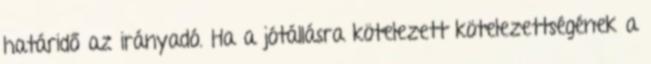
határidő az irányadó. Ha a jótállásra kötelezett kötelezettségének a